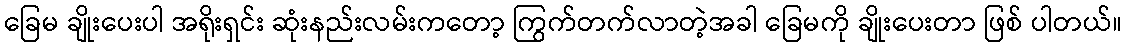
ခြေမ ချိုးပေးပါ အရိုးရှင်း ဆုံးနည်းလမ်းကတော့ ကြွက်တက်လာတဲ့အခါ ခြေမကို ချိုးပေးတာ ဖြစ် ပါတယ်။